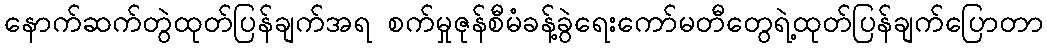
နောက်ဆက်တွဲထုတ်ပြန်ချက်အရ စက်မှုဇုန်စီမံခန့်ခွဲရေးကော်မတီတွေရဲ့ထုတ်ပြန်ချက်ပြောတာ